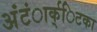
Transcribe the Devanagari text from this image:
अंंटंार्क्िटका